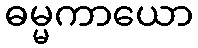
ဓမ္မကာယော